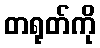
တရုတ်ကို